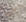
لكن